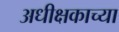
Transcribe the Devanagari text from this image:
अधीक्षकाच्या